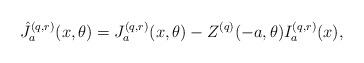
LaTeX: \begin{align*}\hat{J}_a^{(q,r)}(x,\theta ) &= J_a^{(q,r)}(x,\theta ) - Z^{(q)} (-a, \theta ) I_a^{(q,r)} (x), \end{align*}